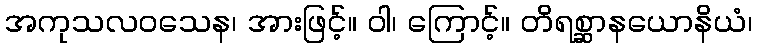
အကုသလဝသေန၊ အားဖြင့်။ ဝါ၊ ကြောင့်။ တိရစ္ဆာနယောနိယံ၊